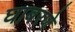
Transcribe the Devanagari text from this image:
घाबरणे